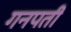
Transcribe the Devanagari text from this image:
गनपती